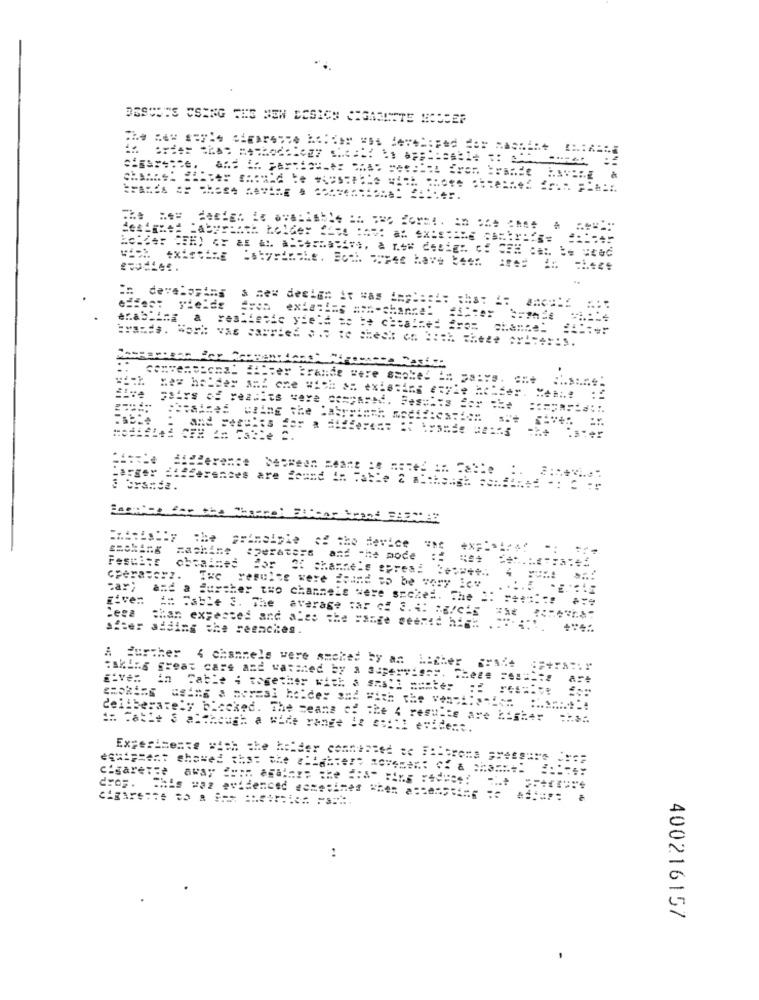
:h
===== ======= ==== chance.
Easter brande were smoked ==
didderence
Harger ==== erences are found in Table 2 a:
the principle of the device
+X=
FASCETE
chaines
machine operators and "he mode
Bor 3: channels epres.
car;
Iwc resulte were found to be very ice
Five=
and a further two channels were szczed. The =:
A= "able 3. The average war cf 3.4: 08/0's
.- ter
adding the seeaches.
Bhan expected and ales the Fange seemed high
Further
4 channels were smoked by an La
ther
ElVes in Table = together with & shall === te
deliberately blocked. The seans of The 4 results are higher
cigarette away ==== ===== = he ="S" Fins :4
..
400216157